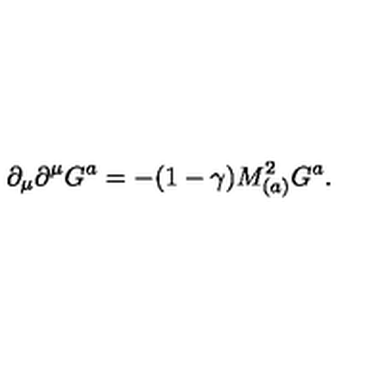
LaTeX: \partial _ { \mu } \partial ^ { \mu } G ^ { a } = - ( 1 - \gamma ) M _ { ( a ) } ^ { 2 } G ^ { a } .